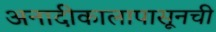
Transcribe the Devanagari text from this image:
अनादीकालापासूनची